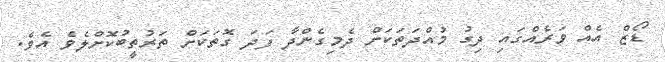
ޑޯޒް އެއް ވަރެއްގައި ދިގު މުއްދަތަކަށް ދެމިގެންދާ ފަދަ ގޮތަކަށް ތަރުތީބުކޮށްލެވެ އެވެ.